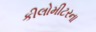
કીલોમીટરના